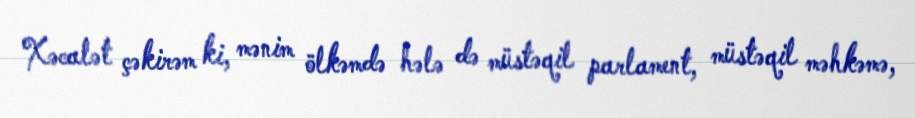
Xəcalət çəkirəm ki, mənim ölkəmdə hələ də müstəqil parlament, müstəqil məhkəmə,